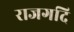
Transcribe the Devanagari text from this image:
राजगदि